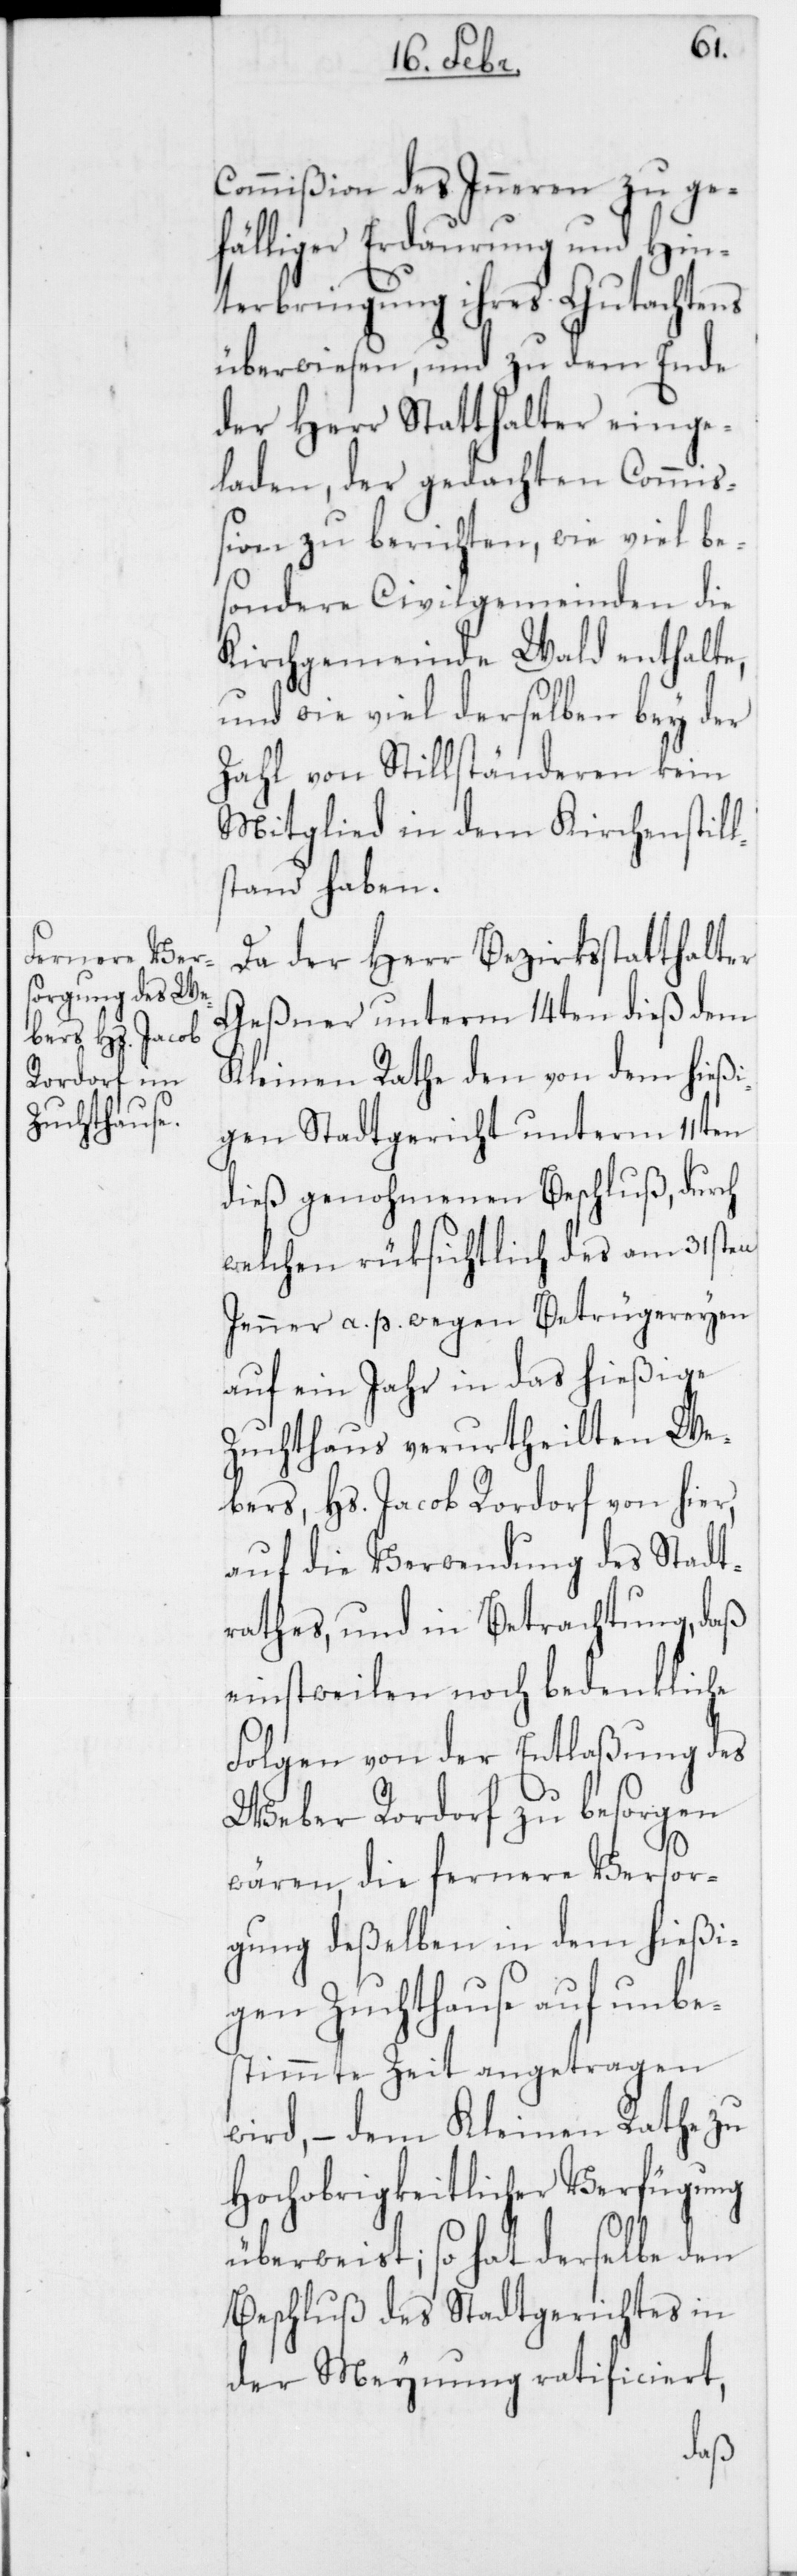
Commißion des Inneren zu gef¬
älliger Erdaurung und Hin¬
terbringung ihres Gutachtens
überwiesen, und zu dem Ende
der Herr Statthalter einge¬
laden, der gedachten Commiß¬
ion zu berichten, wie viel be¬
sondere Civilgemeinden die
Kirchgemeinde Wald enthalte,
und wie viel derselben bey der
Zahl von Stillständeren kein
Mitglied in dem Kirchenstill¬
stand haben.
Da der Herr Bezirksstatthalter
Geßner unterm 14ten dieß dem
Kleinen Rathe den von dem hießi¬
gen Stadtgericht unterm 11ten
dieß genohmenen Beschluß, durch
welchen rüksichtlich des am 31sten
Jenner a. p. wegen Betrügereyen
auf ein Jahr in das hießige
Zuchthaus verurtheilten We¬
bers, Hs. Jacob Rordorf von hier,
auf die Verwendung des Stadt¬
rathes, und in Betrachtung, daß
einstweilen noch bedenkliche
Folgen von der Entlaßung des
Weber Rordorf zu besorgen
wären, die fernere Versor¬
gung deßelben in dem hießi¬
gen Zuchthause auf unbe¬
stimmte Zeit angetragen
wird, – dem Kleinen Rathe zu
Hochobrigkeitlicher Verfügung
überweist; so hat derselbe den
Beschluß des Stadtgerichts in
der Meynung ratificiert,